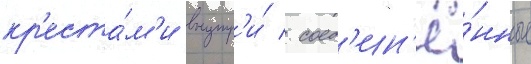
кр'еста́м'и внутр'и́ / соед'ин'ё́нные